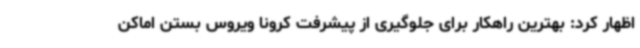
اظهار کرد: بهترین راهکار برای جلوگیری از پیشرفت کرونا ویروس بستن اماکن